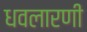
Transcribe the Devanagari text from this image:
धवलारणी